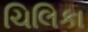
ચિલિકા